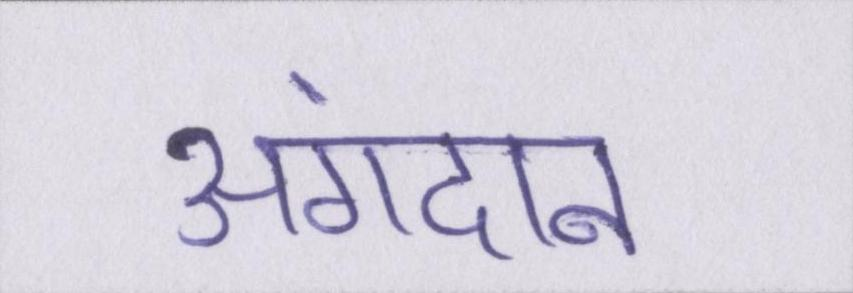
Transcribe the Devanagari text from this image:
अंगदान